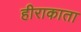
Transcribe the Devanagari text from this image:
हीराकाता